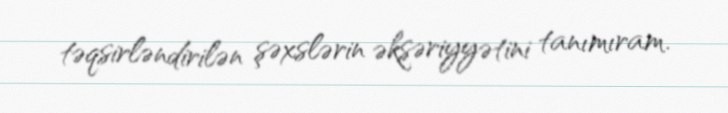
təqsirləndirilən şəxslərin əksəriyyətini tanımıram.